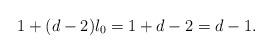
LaTeX: \begin{align*}1+(d-2)l_0 = 1+d-2 = d-1.\end{align*}